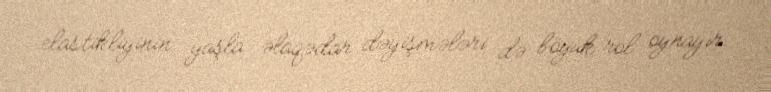
elastikliyinin yaşla əlaqədar dəyişmələri də böyük rol oynayır.